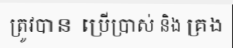
ត្រូវបាន ប្រើប្រាស់ និង គ្រង